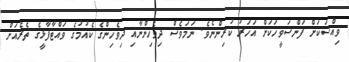
ވިއްސަކަށް ފަންސަވީހަކަށް އަހަރު ކުރިންނެވެ. ނަމަވެސް ދިވެހިންނާއި ދިވެހިންގެ ކެއުމުގެ ވައްޓާފާޅީގެ ތެރެއަށް